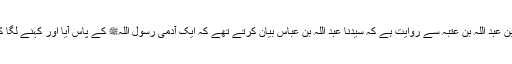
1521: عبید اللہ بن عبد اللہ بن عتبہ سے روایت ہے کہ سیدنا عبد اللہ بن عباسؓ بیان کرتے تھے کہ ایک آدمی رسول اللہﷺ کے پاس آیا اور کہنے لگا کہ یا رسول اللہﷺ!